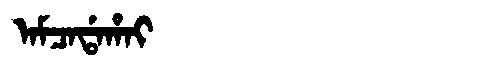
Manchu: ᠠᠮᠴᠠᡩᠠᡥᠠᡳ
Romanization: AMCADAHAI